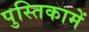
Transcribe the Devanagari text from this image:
पुस्‍तिकामें